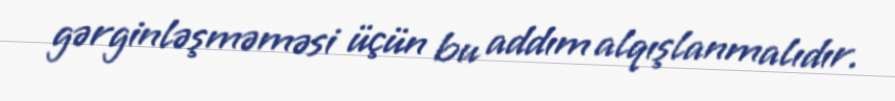
gərginləşməməsi üçün bu addım alqışlanmalıdır.